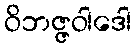
ဝိဘဇ္ဇဝါဒေါ